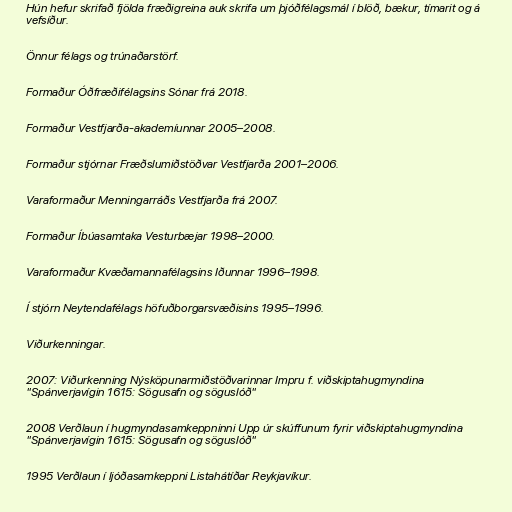
Hún hefur skrifað fjölda fræðigreina auk skrifa um þjóðfélagsmál í blöð, bækur, tímarit og á
vefsíður.

Önnur félags og trúnaðarstörf.

Formaður Óðfræðifélagsins Sónar frá 2018.

Formaður Vestfjarða-akademíunnar 2005–2008.

Formaður stjórnar Fræðslumiðstöðvar Vestfjarða 2001–2006.

Varaformaður Menningarráðs Vestfjarða frá 2007.

Formaður Íbúasamtaka Vesturbæjar 1998–2000.

Varaformaður Kvæðamannafélagsins Iðunnar 1996–1998.

Í stjórn Neytendafélags höfuðborgarsvæðisins 1995–1996.

Viðurkenningar.

2007: Viðurkenning Nýsköpunarmiðstöðvarinnar Impru f. viðskiptahugmyndina
"Spánverjavígin 1615: Sögusafn og söguslóð"

2008 Verðlaun í hugmyndasamkeppninni Upp úr skúffunum fyrir viðskiptahugmyndina
"Spánverjavígin 1615: Sögusafn og söguslóð"

1995 Verðlaun í ljóðasamkeppni Listahátíðar Reykjavíkur.